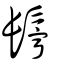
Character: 鬡